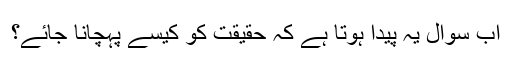
اب سوال یہ پیدا ہوتا ہے کہ حقیقت کو کیسے پہچانا جائے؟